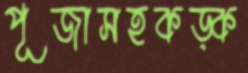
পূজাসহকড়্‌ক